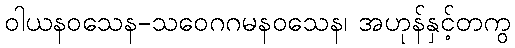
ဝါယနဝသေန-သဝေဂဂမနဝသေန၊ အဟုန်နှင့်တကွ